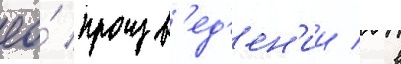
ео́ произв'ед'ен'ии / в